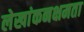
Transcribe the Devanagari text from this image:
लेखांकनक्षमता